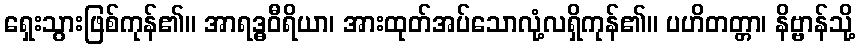
ရှေးသွားဖြစ်ကုန်၏။ အာရဒ္ဓဝီရိယာ၊ အားထုတ်အပ်သောလုံ့လရှိကုန်၏။ ပဟိတတ္တာ၊ နိဗ္ဗာန်သို့